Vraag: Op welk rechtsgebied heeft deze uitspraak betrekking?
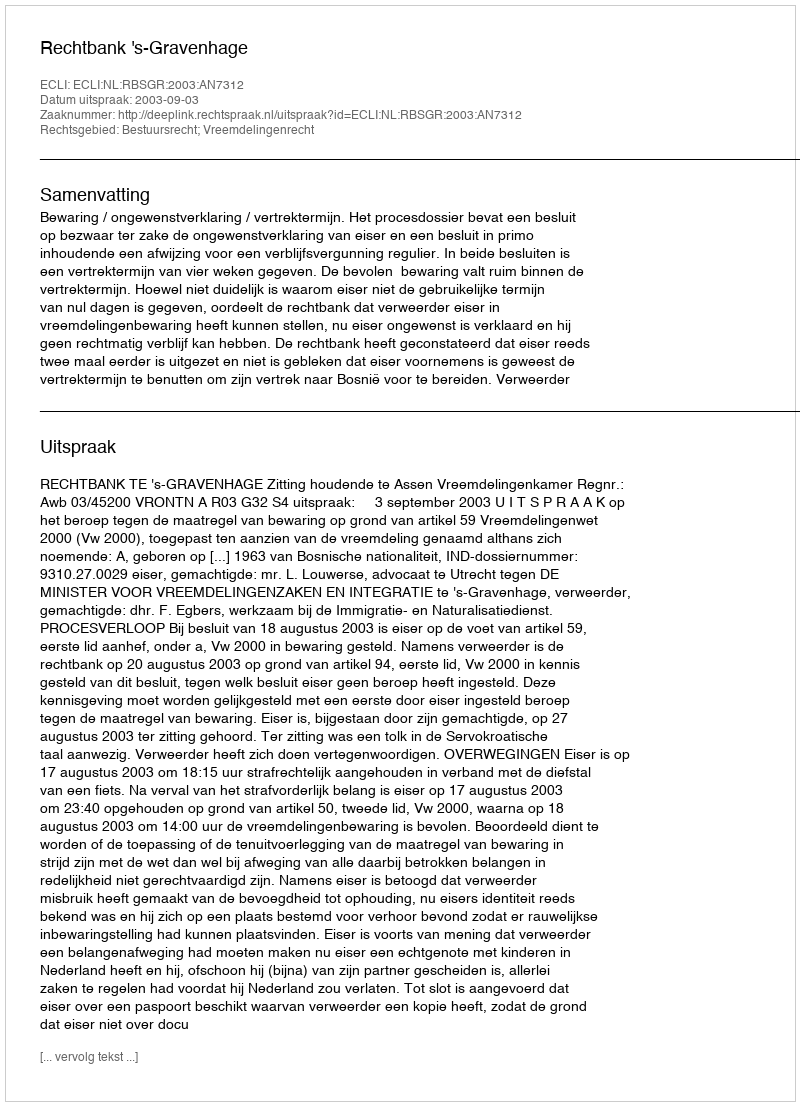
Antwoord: Bestuursrecht; Vreemdelingenrecht